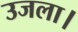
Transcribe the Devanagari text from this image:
उजला।